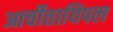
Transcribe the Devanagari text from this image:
आर्चीतायिपल